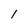
Character: l